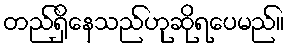
တည်ရှိနေသည်ဟုဆိုရပေမည်။